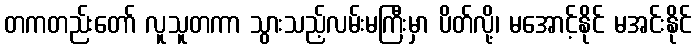
တကတည်းတော် လူသူတကာ သွားသည့်လမ်းမကြီးမှာ ပိတ်လို့၊ မအောင့်နိုင် မအင်းနိုင်